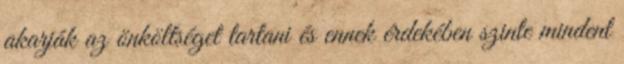
akarják az önköltséget tartani és ennek érdekében szinte mindent